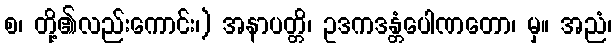
စ၊ တို့၏လည်းကောင်း၊) အနာပတ္တိ၊ ဥဒကဒန္တံပေါဏတော၊ မှ။ အညံ၊